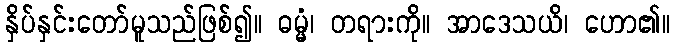
နှိပ်နှင်းတော်မူသည်ဖြစ်၍။ ဓမ္မံ၊ တရားကို။ အာဒေသယိ၊ ဟော၏။